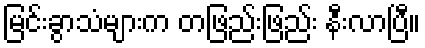
မြင်းခွာသံများက တဖြည်းဖြည်း နီးလာပြီ။